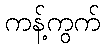
ကန့်ကွက်